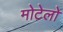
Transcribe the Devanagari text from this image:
मोटेलो